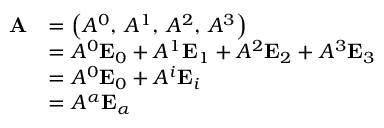
{ \begin{array} { r l } { \mathbf { A } } & { = \left( A ^ { 0 } , \, A ^ { 1 } , \, A ^ { 2 } , \, A ^ { 3 } \right) } \\ & { = A ^ { 0 } \mathbf { E } _ { 0 } + A ^ { 1 } \mathbf { E } _ { 1 } + A ^ { 2 } \mathbf { E } _ { 2 } + A ^ { 3 } \mathbf { E } _ { 3 } } \\ & { = A ^ { 0 } \mathbf { E } _ { 0 } + A ^ { i } \mathbf { E } _ { i } } \\ & { = A ^ { \alpha } \mathbf { E } _ { \alpha } } \end{array} }